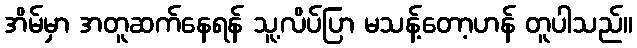
အိမ်မှာ အတူဆက်နေရန် သူ့လိပ်ပြာ မသန့်တော့ဟန် တူပါသည်။